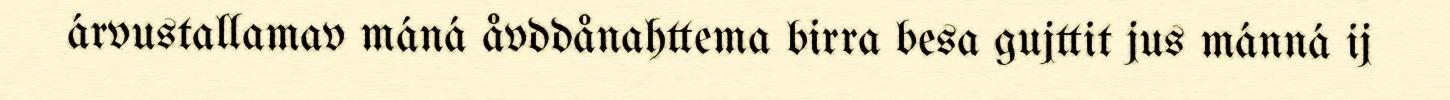
árvustallamav máná åvddånahttema birra besa gujttit jus mánná ij